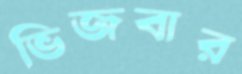
ভিজবার